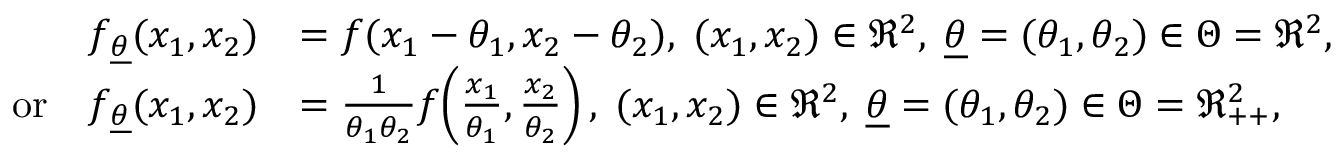
\begin{array} { r l } { f _ { \underline { { \theta } } } ( x _ { 1 } , x _ { 2 } ) } & { = f ( x _ { 1 } - \theta _ { 1 } , x _ { 2 } - \theta _ { 2 } ) , \; ( x _ { 1 } , x _ { 2 } ) \in \Re ^ { 2 } , \; \underline { { \theta } } = ( \theta _ { 1 } , \theta _ { 2 } ) \in \Theta = \Re ^ { 2 } , } \\ { \mathrm { o r } \quad f _ { \underline { { \theta } } } ( x _ { 1 } , x _ { 2 } ) } & { = \frac { 1 } { \theta _ { 1 } \theta _ { 2 } } f \! \left( \frac { x _ { 1 } } { \theta _ { 1 } } , \frac { x _ { 2 } } { \theta _ { 2 } } \right) , \; ( x _ { 1 } , x _ { 2 } ) \in \Re ^ { 2 } , \; \underline { { \theta } } = ( \theta _ { 1 } , \theta _ { 2 } ) \in \Theta = \Re _ { + + } ^ { 2 } , \; \; \, } \end{array}